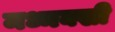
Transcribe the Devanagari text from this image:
मध्मक्खी